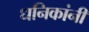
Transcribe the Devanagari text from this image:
धनिकांनी